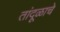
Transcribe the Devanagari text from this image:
तांदूळाचे